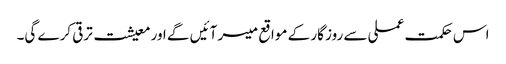
اس حکمت عملی سے روز گار کے مواقع میسر آئیں گے اور معیشت ترقی کرے گی۔